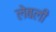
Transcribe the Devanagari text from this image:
लेबली